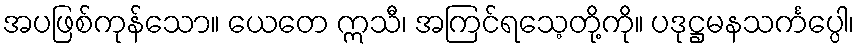
အပဖြစ်ကုန်သော။ ယေတေ ဣသီ၊ အကြင်ရသေ့တို့ကို။ ပဒုဋ္ဌမနသင်္ကပ္ပေါ၊